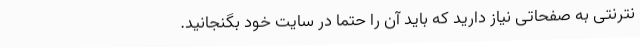
نترنتی به صفحاتی نیاز دارید که باید آن را حتماً در سایت خود بگنجانید.